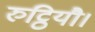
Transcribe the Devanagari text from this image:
रुट्ठियौ।